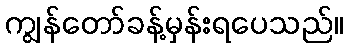
ကျွန်တော်ခန့်မှန်းရပေသည်။